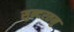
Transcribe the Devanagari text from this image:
सुन्दरतनु